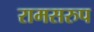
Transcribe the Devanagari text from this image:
रामसरुप